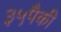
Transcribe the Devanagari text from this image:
३५पैकी